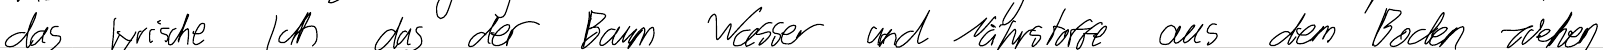
das lyrische Ich das der Baum Wasser und Nährstoffe aus dem Boden ziehen